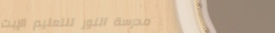
مدرسة النور للتعليم الإبت